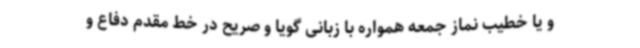
و یا خطیب نماز جمعه همواره با زبانی گویا و صریح در خط مقدم دفاع و